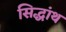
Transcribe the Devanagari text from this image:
सिद्धांथ